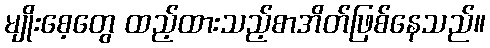
မျိုးစေ့တွေ ထည့်ထားသည့်စာအိတ်ဖြစ်နေသည်။